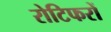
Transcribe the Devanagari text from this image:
रोटिफरों